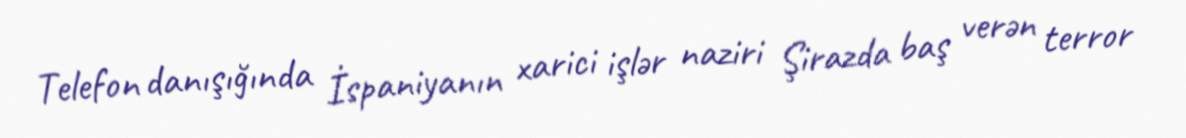
Telefon danışığında İspaniyanın xarici işlər naziri Şirazda baş verən terror